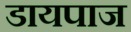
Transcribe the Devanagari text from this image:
डायपाज